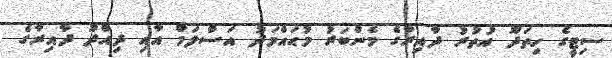
ސިޓީގެ ހިތަދޫ އުތުރު ދާއިރާގެ މެންބަރު މުޙައްމަދު އަސްލަމް އާއި ދިއްދޫ ދާއިރާގެ